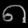
Digit: ၈